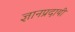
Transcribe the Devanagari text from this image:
ज्ञानप्रदायी